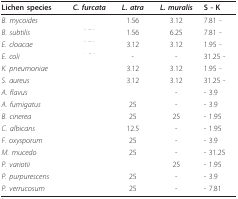
<table><thead><tr><td><b>Lichen species</b></td><td><b><i>C. furcata</i></b></td><td><b><i>L. atra</i></b></td><td><b><i>L. muralis</i></b></td><td><b>S - K</b></td></tr></thead><tbody><tr><td><i>B. mycoides</i></td><td>[EMPTY_CELL]</td><td>1.56</td><td>3.12</td><td>7.81 -</td></tr><tr><td><i>B. subtilis</i></td><td>[EMPTY_CELL]</td><td>1.56</td><td>6.25</td><td>7.81 -</td></tr><tr><td><i>E. cloacae</i></td><td>[EMPTY_CELL]</td><td>3.12</td><td>3.12</td><td>1.95 -</td></tr><tr><td><i>E. coli</i></td><td>[EMPTY_CELL]</td><td>-</td><td>-</td><td>31.25 -</td></tr><tr><td><i>K. pneumoniae</i></td><td>[EMPTY_CELL]</td><td>3.12</td><td>3.12</td><td>1.95 -</td></tr><tr><td><i>S. aureus</i></td><td>[EMPTY_CELL]</td><td>3.12</td><td>3.12</td><td>31.25 -</td></tr><tr><td><i>A. flavus</i></td><td>[EMPTY_CELL]</td><td>[EMPTY_CELL]</td><td>-</td><td>- 3.9</td></tr><tr><td><i>A. fumigatus</i></td><td>[EMPTY_CELL]</td><td>25</td><td>-</td><td>- 3.9</td></tr><tr><td><i>B. cinerea</i></td><td>[EMPTY_CELL]</td><td>25</td><td>25</td><td>- 1.95</td></tr><tr><td><i>C. albicans</i></td><td>[EMPTY_CELL]</td><td>12.5</td><td>-</td><td>- 1.95</td></tr><tr><td><i>F. oxysporum</i></td><td>[EMPTY_CELL]</td><td>25</td><td>-</td><td>- 3.9</td></tr><tr><td><i>M. mucedo</i></td><td>[EMPTY_CELL]</td><td>25</td><td>-</td><td>- 31.25</td></tr><tr><td><i>P. variotii</i></td><td>[EMPTY_CELL]</td><td>[EMPTY_CELL]</td><td>25</td><td>- 1.95</td></tr><tr><td><i>P. purpurescens</i></td><td>[EMPTY_CELL]</td><td>25</td><td>-</td><td>- 3.9</td></tr><tr><td><i>P. verrucosum</i></td><td>[EMPTY_CELL]</td><td>25</td><td>-</td><td>- 7.81</td></tr></tbody></table>